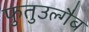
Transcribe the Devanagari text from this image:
फुतुउल्गैब